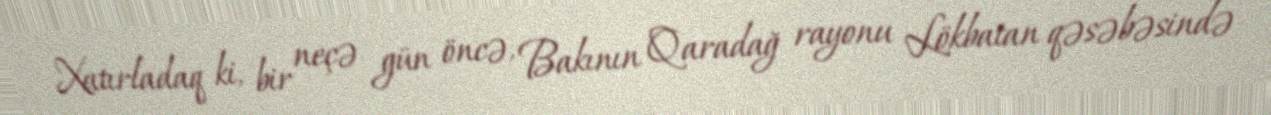
Xatırladaq ki, bir neçə gün öncə, Bakının Qaradağ rayonu Lökbatan qəsəbəsində